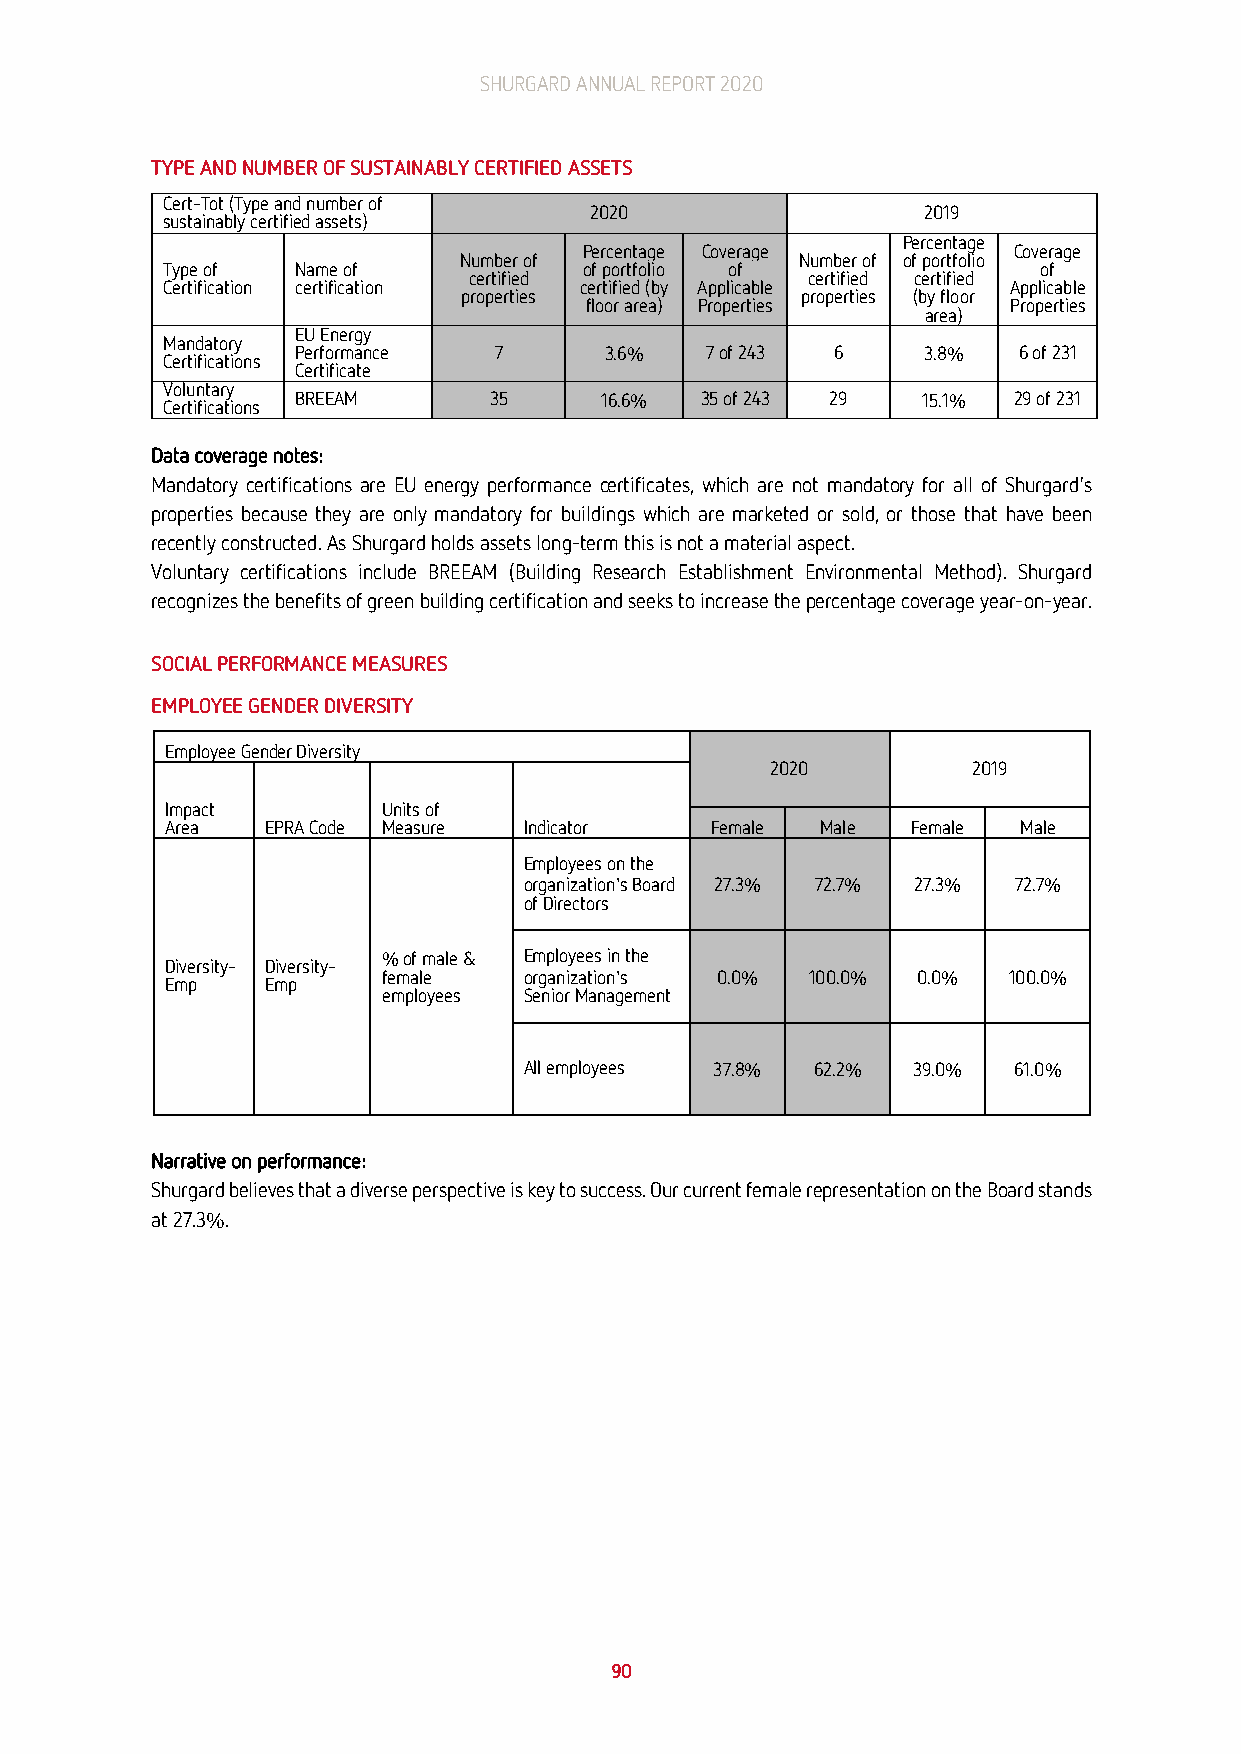
SHURGARD ANNUAL REPORT 2020
 TYPE AND NUMBER OF SUSTAINABLY CERTIFIED ASSETS
 Cert-Tot (Type and number of
 2020                  2019
 sustainably certified assets)
 Percentage
 Percentage Coverage         Coverage
 Number of              Number of of portfolio
 Type of  Name of            of portfolio of               of
 certified             certified certified
 Certification certification certified (by Applicable    Applicable
 properties            properties (by floor
 floor area) Properties      Properties
 area)
 EU Energy
 Mandatory
 Performance  7      3.6%   7 of 243 6    3.8%  6 of 231
 Certifications
 Certificate
 Voluntary
 BREEAM      35      16.6% 35 of 243 29   15.1% 29 of 231
 Certifications
 Data coverage notes:
 Mandatory certifications are EU energy performance certificates, which are not mandatory for all of Shurgard's
 properties because they are only mandatory for buildings which are marketed or sold, or those that have been
 recently constructed. As Shurgard holds assets long-term this is not a material aspect.
 Voluntary certifications include BREEAM (Building Research Establishment Environmental Method). Shurgard
 recognizes the benefits of green building certification and seeks to increase the percentage coverage year-on-year.
 SOCIAL PERFORMANCE MEASURES
 EMPLOYEE GENDER DIVERSITY
 Employee Gender Diversity
 2020         2019
 Impact        Units of
 Area   EPRA Code Measure Indicator  Female Male  Female Male
 Employees on the
 organization's Board 27.3% 72.7% 27.3% 72.7%
 of Directors
 % of male & Employees in the
 Diversity- Diversity-
 female    organization's 0.0% 100.0% 0.0% 100.0%
 Emp    Emp
 employees Senior Management
 All employees 37.8% 62.2% 39.0% 61.0%
 Narrative on performance:
 Shurgard believes that a diverse perspective is key to success. Our current female representation on the Board stands
 at 27.3%.
 90